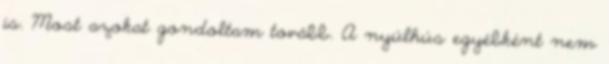
is. Most azokat gondoltam tovább. A nyúlhús egyébként nem